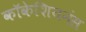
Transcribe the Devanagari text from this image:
कॉकेशियनंस